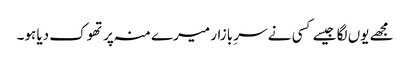
مجھے یوں لگا جیسے کسی نے سرِ بازار میرے منہ پر تھوک دیا ہو۔